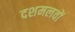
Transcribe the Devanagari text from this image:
दशमलवों